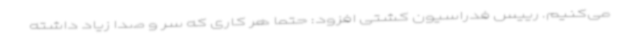
می‌کنیم. رییس فدراسیون کشتی افزود: حتما هر کاری که سر و صدا زیاد داشته